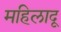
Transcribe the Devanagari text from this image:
महिलादू